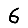
Digit: 6